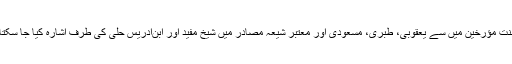
اہل سنت مؤرخین میں سے یعقوبی، طبری، مسعودی اور معتبر شیعہ مصادر میں شیخ مفید اور ابن‌ادریس حلی کی طرف اشارہ کیا جا سکتا ہے۔